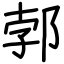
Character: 郣